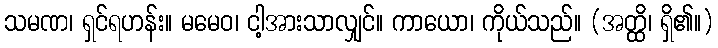
သမဏ၊ ရှင်ရဟန်း။ မမေဝ၊ ငါ့အားသာလျှင်။ ကာယော၊ ကိုယ်သည်။ (အတ္ထိ၊ ရှိ၏။)